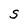
Character: S